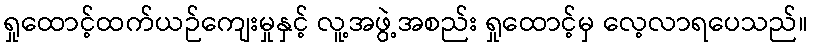
ရှုထောင့်ထက်ယဉ်ကျေးမှုနှင့် လူ့အဖွဲ့အစည်း ရှုထောင့်မှ လေ့လာရပေသည်။